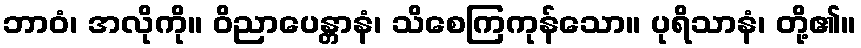
ဘာဝံ၊ အလိုကို။ ဝိညာပေန္တာနံ၊ သိစေကြကုန်သော။ ပုရိသာနံ၊ တို့၏။